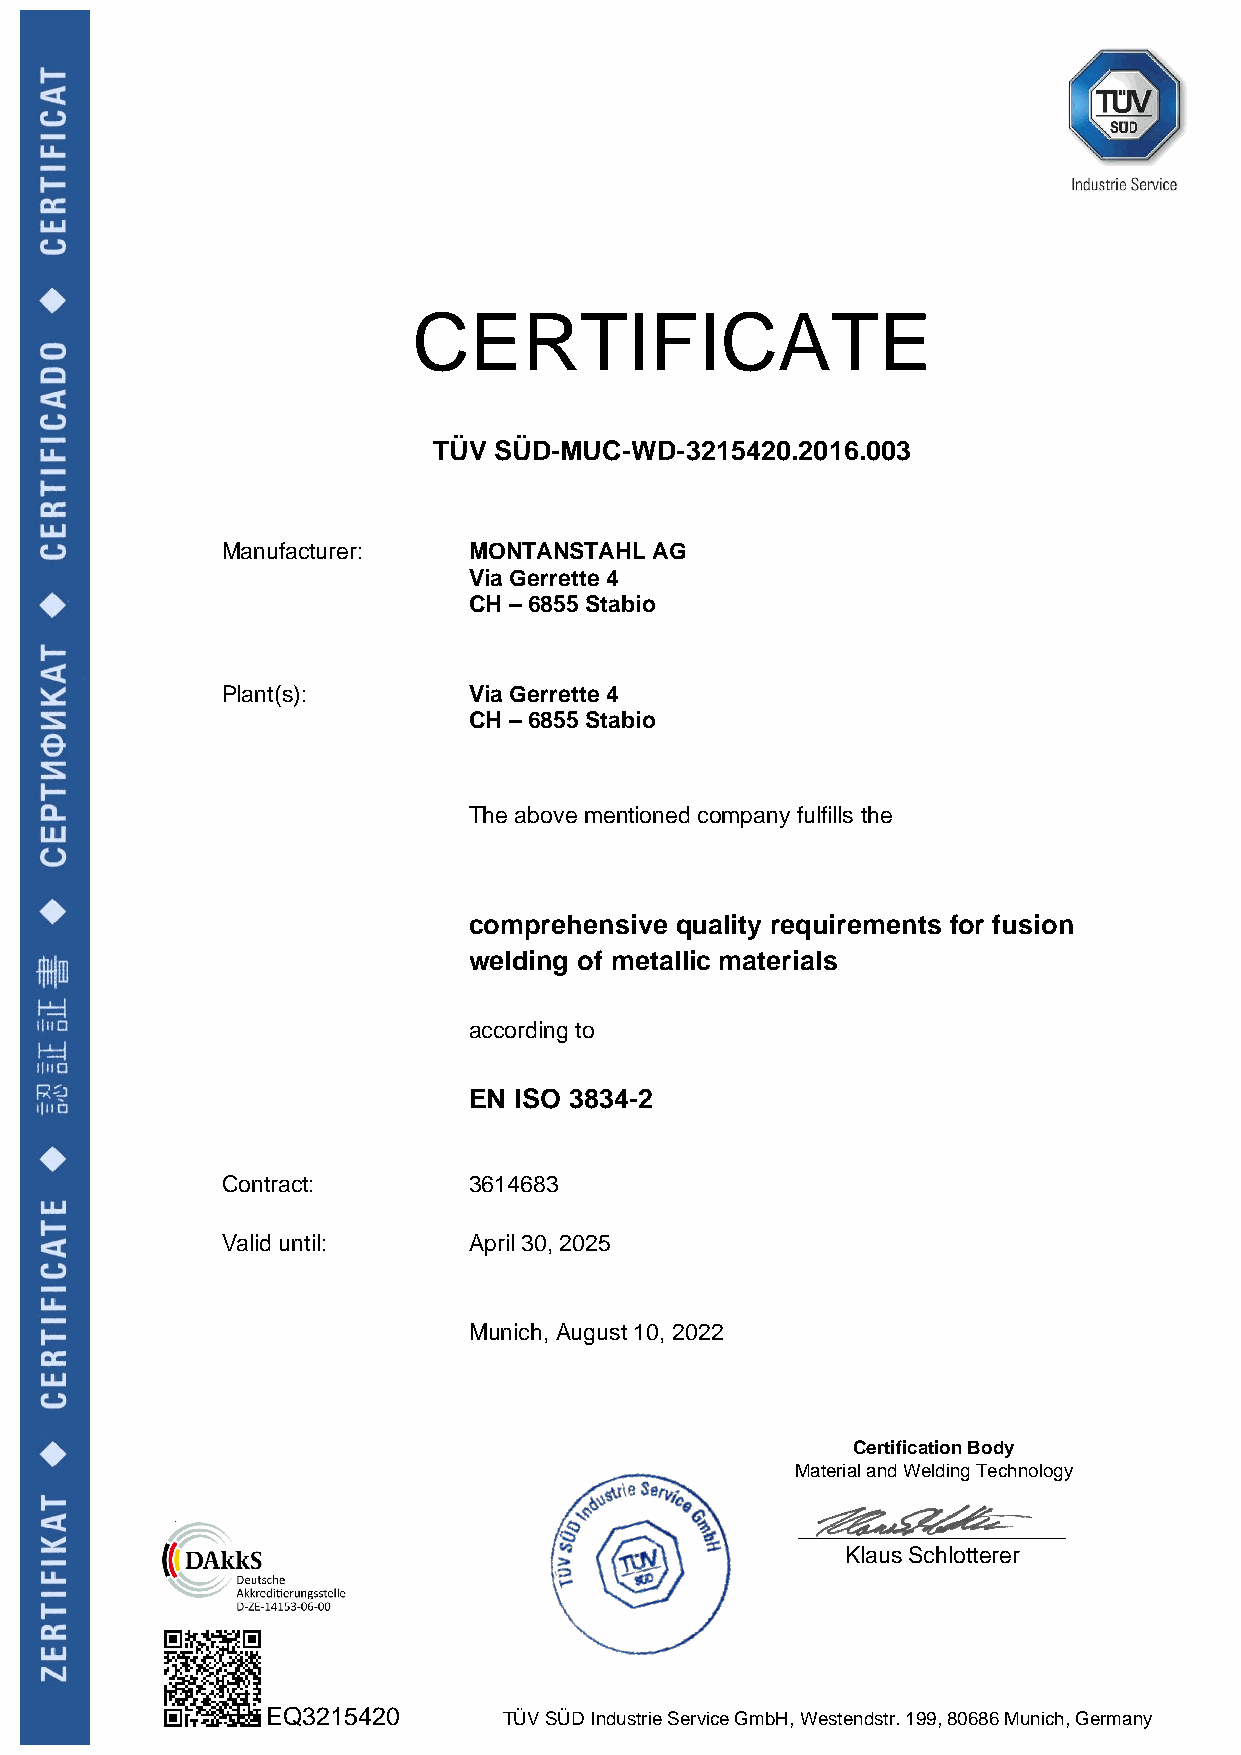
CERTIFICATE
 TÜV SÜD-MUC-WD-3215420.2016.003
 Manufacturer:   MONTANSTAHL AG
 Via Gerrette 4
 CH – 6855 Stabio
 Plant(s):       Via Gerrette 4
 CH – 6855 Stabio
 The above mentioned company fulfills the
 comprehensive quality requirements for fusion
 welding of metallic materials
 according to
 EN ISO 3834-2
 Contract:       3614683
 Valid until:    April 30, 2025
 Munich, August 10, 2022
 Certification Body
 Material and Welding Technology
 _____________________
 Klaus Schlotterer
 EQ3215420      TÜV SÜD Industrie Service GmbH, Westendstr. 199, 80686 Munich, Germany